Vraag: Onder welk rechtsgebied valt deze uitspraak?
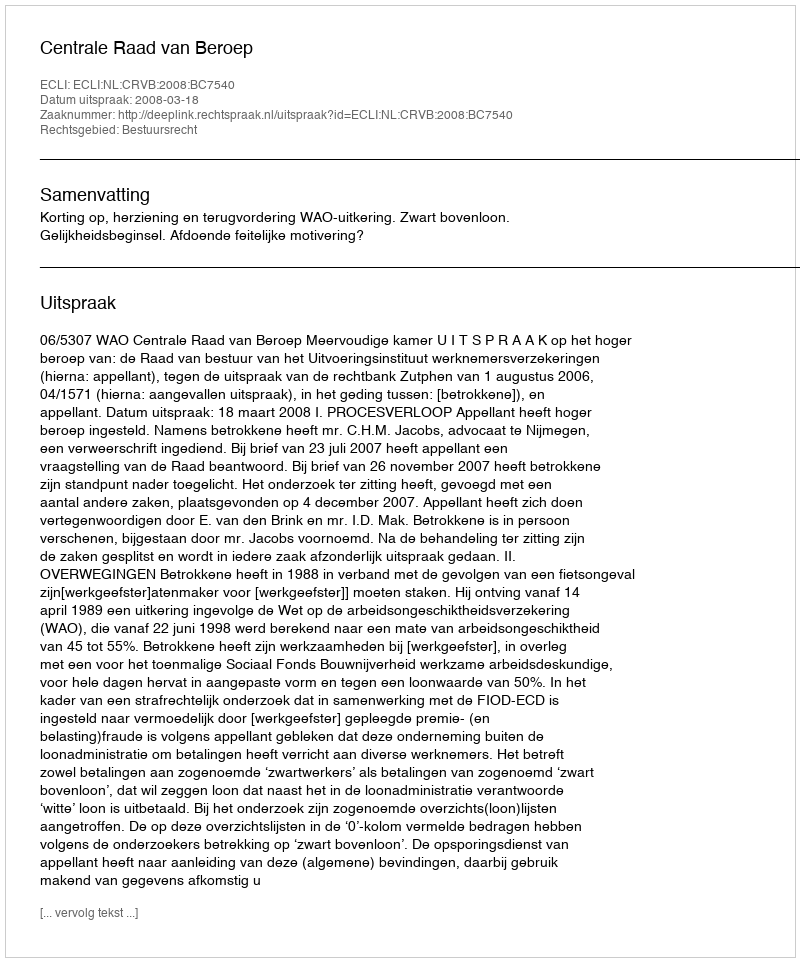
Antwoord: Bestuursrecht